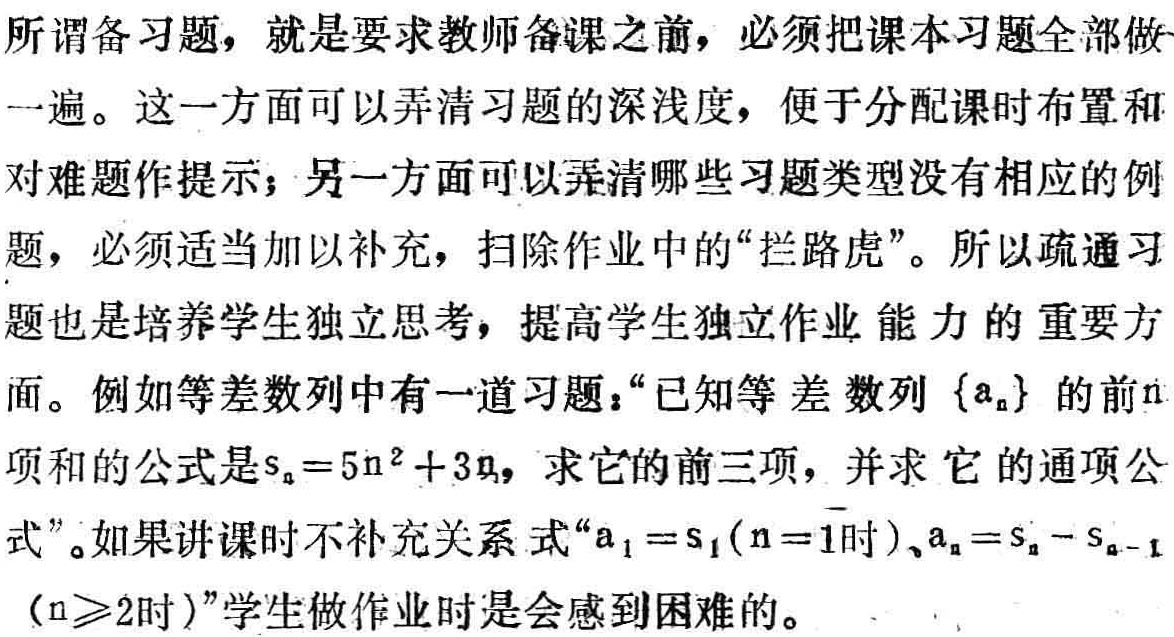
所谓备习题，就是要求教师备课之前，必须把课本习题全部做一遍。这一方面可以弄清习题的深浅度，便于分配课时布置和对难题作提示；另一方面可以弄清哪些习题类型没有相应的例题，必须适当加以补充，扫除作业中的“拦路虎”。所以疏通习题也是培养学生独立思考，提高学生独立作业能力的重要方面。例如等差数列中有一道习题：“已知等差数列\(\{a_{n}\}\)的前\(n\)项和的公式是\(s_{n}=5n^{2}+3n\)，求它的前三项，并求它的通项公式”。如果讲课时不补充关系式“\(a_{1}=s_{1}(n = 1时)\)、\(a_{n}=s_{n}-s_{n - 1}(n\geqslant2时)\)”学生做作业时是会感到困难的。